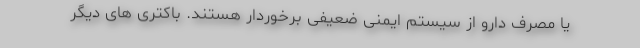
یا مصرف دارو از سیستم ایمنی ضعیفی برخوردار هستند. باکتری های دیگر